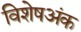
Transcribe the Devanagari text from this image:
विशेषअंक